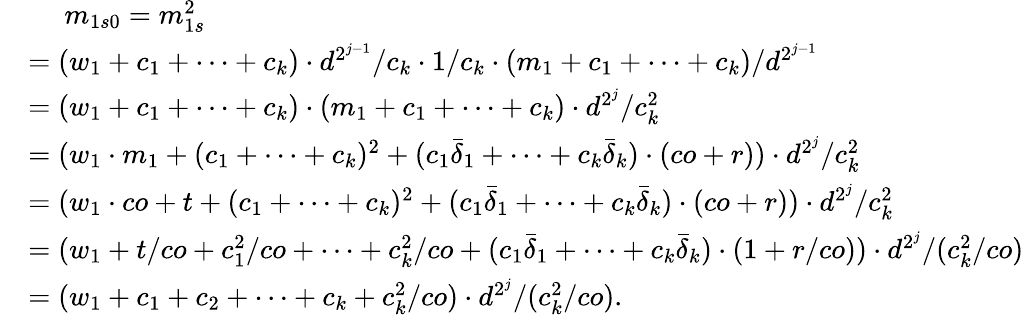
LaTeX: \begin{array}{rl}&{\quad\; m_{1s0}=m_{1s}^{2}}\\ &{=(w_{1}+c_{1}+\cdots+c_{k})\cdot d^{2^{j-1}}/c_{k}\cdot 1/c_{k}\cdot(m_{1}+c_{1}+\cdots+c_{k})/d^{2^{j-1}}}\\ &{=(w_{1}+c_{1}+\cdots+c_{k})\cdot(m_{1}+c_{1}+\cdots+c_{k})\cdot d^{2^{j}}/c_{k}^{2}}\\ &{=(w_{1}\cdot m_{1}+(c_{1}+\cdots+c_{k})^{2}+(c_{1}\bar{\delta}_{1}+\cdots+c_{k}\bar{\delta}_{k})\cdot(co+r))\cdot d^{2^{j}}/c_{k}^{2}}\\ &{=(w_{1}\cdot co+t+(c_{1}+\cdots+c_{k})^{2}+(c_{1}\bar{\delta}_{1}+\cdots+c_{k}\bar{\delta}_{k})\cdot(co+r))\cdot d^{2^{j}}/c_{k}^{2}}\\ &{=(w_{1}+t/co+c_{1}^{2}/co+\cdots+c_{k}^{2}/co+(c_{1}\bar{\delta}_{1}+\cdots+c_{k}\bar{\delta}_{k})\cdot(1+r/co))\cdot d^{2^{j}}/(c_{k}^{2}/co)}\\ &{=(w_{1}+c_{1}+c_{2}+\cdots+c_{k}+c_{k}^{2}/co)\cdot d^{2^{j}}/(c_{k}^{2}/co).}\end{array}